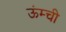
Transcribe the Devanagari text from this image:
ऊंम्ची